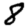
Digit: 8